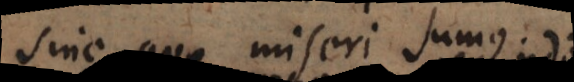
sine quo miseri sumus.